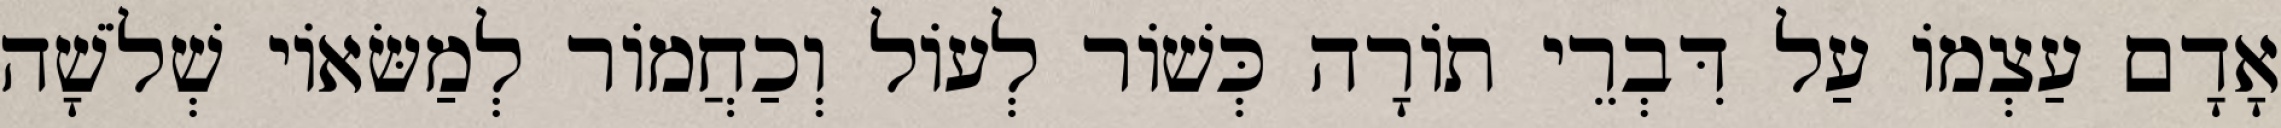
אָדָם עַצְמוֹ עַל דִּבְרֵי תוֹרָה כְּשׁוֹר לְעוֹל וְכַחֲמוֹר לְמַשּׂאוֹי שְׁלֹשָׁה